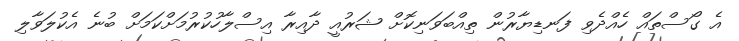
އެ ގޯސްތައް ހެއްދެވި ފަނޑިޔާރުން ތިއްބަވަނިކޮށް ޝަރުއީ ދާއިރާ އިސްލާހުކުރުމަށްކަމަށް ބުނެ އެކުލަވާލި